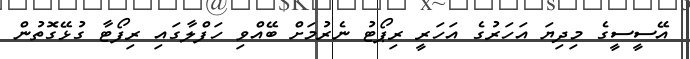
އޭސީސީގެ މިދިޔަ އަހަރުގެ އަހަރީ ރިޕޯޓު ނެރުމަށް ބޭއްވި ހަފްލާގައި ރިފޯޓާ ގުޅޭގޮތުން